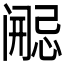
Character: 𫔷